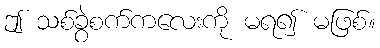
ဤ သစ်ခွဲစက်ကလေးကို မရ၍ မဖြစ်။